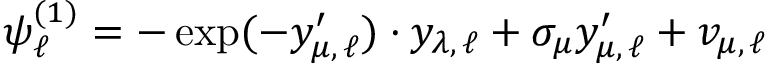
\psi _ { \ell } ^ { ( 1 ) } = - \exp ( - y _ { \mu , \, \ell } ^ { \prime } ) \cdot y _ { \lambda , \, \ell } + \sigma _ { \mu } y _ { \mu , \, \ell } ^ { \prime } + v _ { \mu , \, \ell }